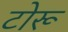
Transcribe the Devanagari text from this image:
टोरू